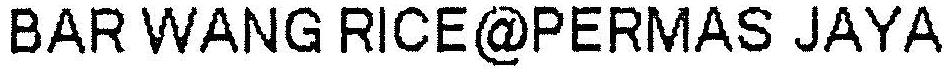
BAR WANG RICE@PERMAS JAYA